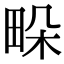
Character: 𤱧